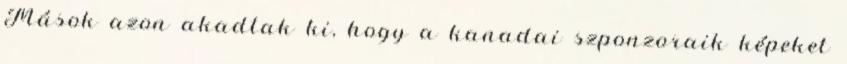
Mások azon akadtak ki, hogy a kanadai szponzoraik képeket